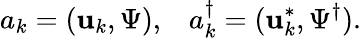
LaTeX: a_{k}=(\mathbf{u}_{k},\Psi),\; \; \; a_{k}^{\dagger}=(\mathbf{u}_{k}^{*},\Psi^{\dagger}).